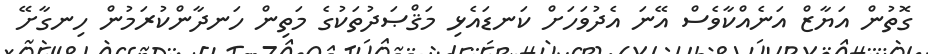
ގޮތުން އަޔާޒް އަނެއްކާވެސް އޭނަ އެދުވަހަށް ކަނޑައެޅި މަޤްޞަދުތަކުގެ މަތިން ހަނދާންކުރަމުން ހިނގާށޭ